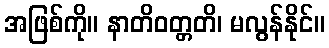
အဖြစ်ကို။ နာတိဝတ္တတိ၊ မလွန်နိုင်။